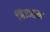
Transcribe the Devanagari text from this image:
बिज्जाल